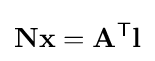
\mathbf {Nx} =\mathbf {A} ^{\mathsf {T}}\mathbf {l}